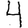
Digit: 4